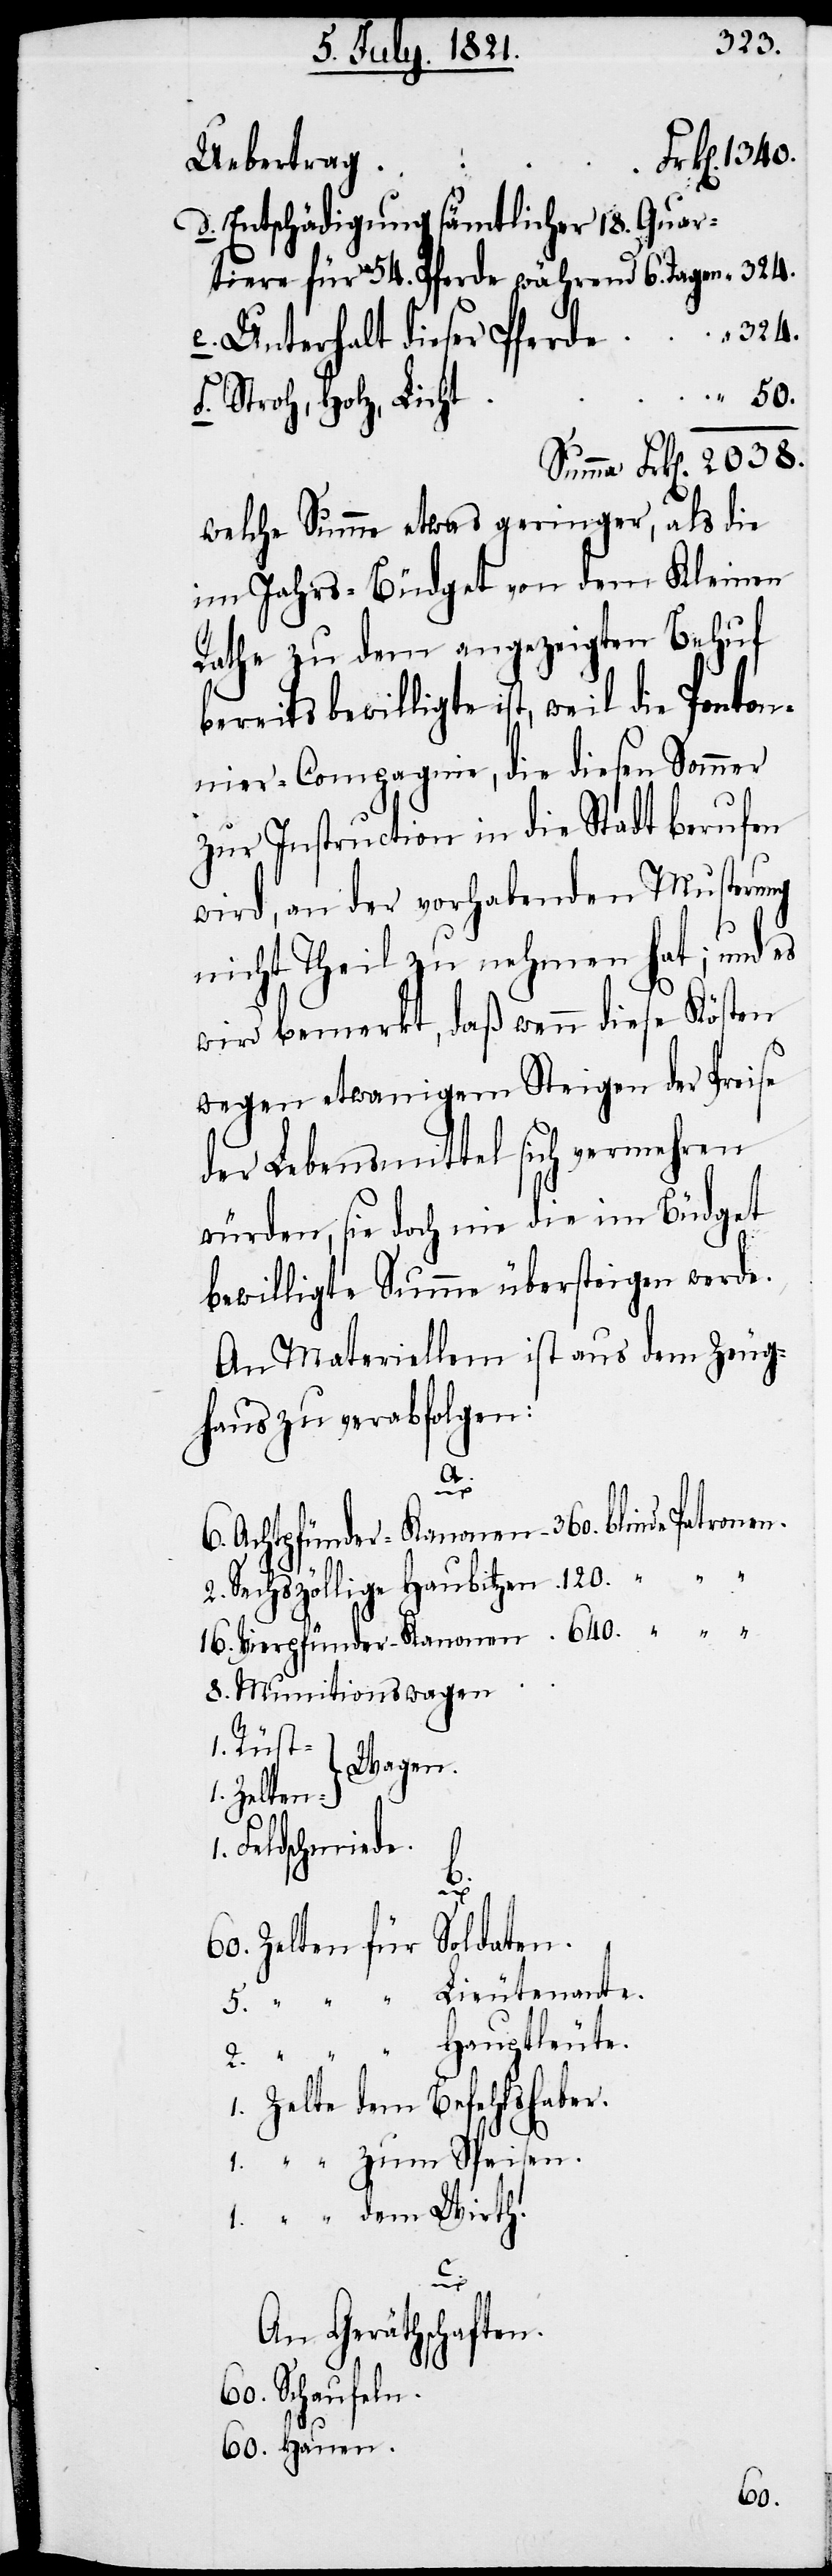
Uebertrag
Entschädigung sämtlicher 18. Quar¬
tiere für 54. Pferde während 6. Tagen
324.
Unterhalt dieser Pferde
Stroh, Holz, Licht
welche Summe etwas geringer, als die
im Jahrs-Budget von dem Kleinen
Rathe zu dem angezeigten Behuf
ereits bewilligt ist, weil die Ponton¬
nier-Compagnie, die diesen Sommer
zur Instruction in die Stadt berufen
wird, an der vorhabenden Musterung
nicht Theil zu nehmen hat; und es
wird bemerkt, daß wenn diese Kösten
wegen etwaigem Steigen der Preise
der Lebensmittel sich vermehren
würden, sie doch nie die im Budget
bewilligte Summe übersteigen werde.
An Materiellem ist aus dem Zeug¬
haus zu verabfolgen:
2.
Achtpfünder-Kanonen
Sechszöllige Haubitzen
Munitionswagen
Rüst-
Wagen
Feldschmiede.
“
Zelten für Soldaten.
Lieutenante.
Zelte dem Befehlshaber.
c.
An Gerätschaften.
Schaufeln.

60.